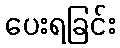
ပေးရခြင်း